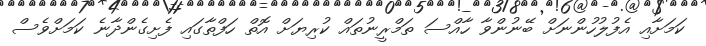
ކަމަށާއި އެފުލުހުންނަށް ބޭނުންވާ ހާއްސަ ތަމްރީނުތައް ކުރިޔަށް އޮތް ހަފްތާގައި ފެށިގެންދާނެ ކަމަށްވެސް